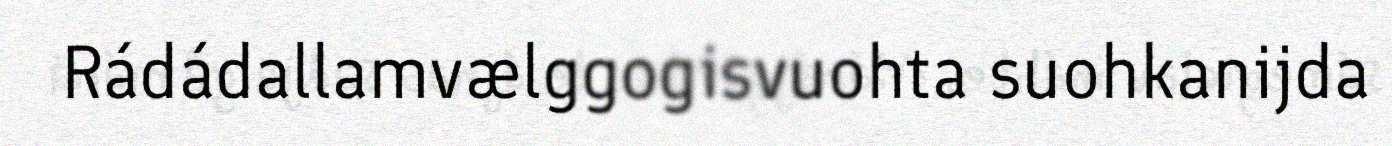
Rádádallamvælggogisvuohta suohkanijda